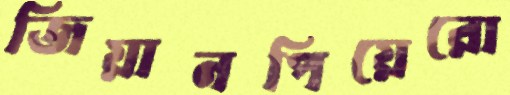
জিয়ানপিয়েরো